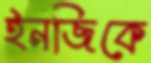
ইনজিকে